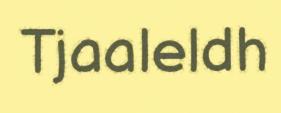
Tjaaleldh